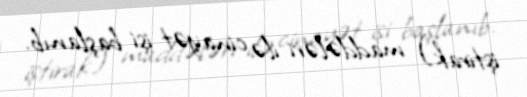
iştirak) maddələri ilə cinayət işi başlanıb.